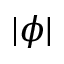
| \phi |